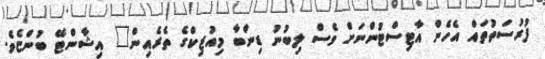
ފުރުސަތުތައް އެހެން އާޓިސްޓުންނަށް ވެސް ލިބުނު ޑިންބާ މިއުޒިކްގެ ތެރެއިން" އިޝާންޓޭ ބުންޏެވެ.